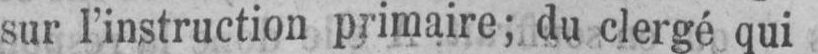
sur l’instruction primaire; du clergé qui